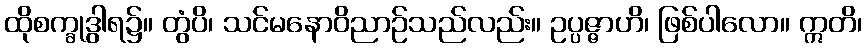
ထိုစက္ခုဒွါရ၌။ တွံပိ၊ သင်မနောဝိညာဉ်သည်လည်း။ ဥပ္ပဇ္ဇာဟိ၊ ဖြစ်ပါလော။ ဣတိ၊